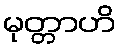
မုတ္တာဟိ